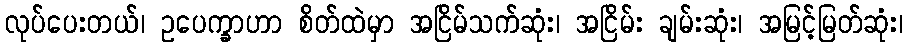
လုပ်ပေးတယ်၊ ဥပေက္ခာဟာ စိတ်ထဲမှာ အငြိမ်သက်ဆုံး၊ အငြိမ်း ချမ်းဆုံး၊ အမြင့်မြတ်ဆုံး၊